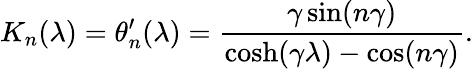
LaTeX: K_{n}(\lambda)=\theta_{n}^{\prime}(\lambda)=\frac{\gamma\sin(n\gamma)}{\cosh(\gamma\lambda)-\cos(n\gamma)}.